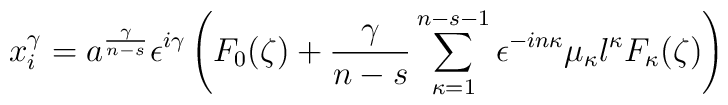
x^{\gamma}_{i}=a^{\frac{\gamma}{n-s}}\epsilon^{i\gamma}\left(F_{0}(\zeta)+\frac{\gamma}{n-s}\sum_{\kappa=1}^{n-s-1} \epsilon^{-in\kappa}\mu_{\kappa} l^{\kappa}F_{\kappa}(\zeta)\right)